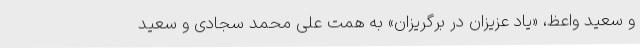
و سعید واعظ، «یاد عزیزان در برگریزان» به همّت علی محمّد سجّادی و سعید